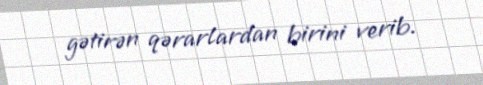
gətirən qərarlardan birini verib.